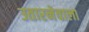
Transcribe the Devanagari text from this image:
उतारनेवाला